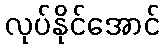
လုပ်နိုင်အောင်